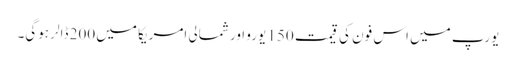
یورپ میں اس فون کی قیمت 150 یورو اور شمالی امریکا میں 200 ڈالر ہوگی۔